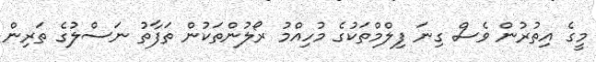
މީގެ އިތުރުން ވެސް ގިނަ ފިލްމްތަކުގެ މުހިއްމު ރޯލުންތަކުން ތަފާތު ނަސްލުގެ ތަރިން